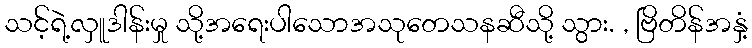
သင့်ရဲ့လှူဒါန်းမှု သို့အရေးပါသောအသုတေသနဆီသို့ သွား. , ဗြိတိန်အနှံ့